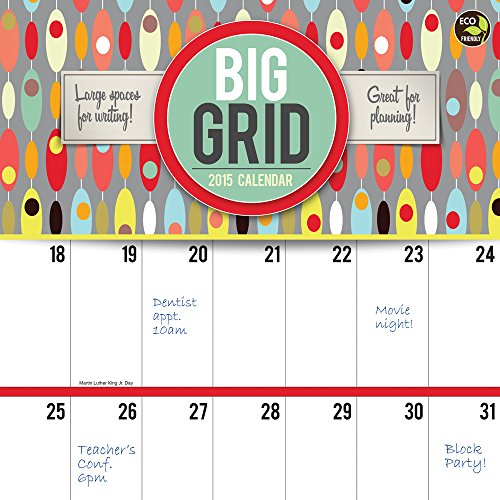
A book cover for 2015 Big Grid: Design Wall Calendar; TF PUBLISHING; Calendars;